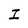
Character: I